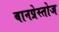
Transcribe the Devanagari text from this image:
बानप्रेस्तोज